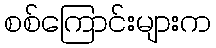
စစ်ကြောင်းများက